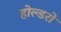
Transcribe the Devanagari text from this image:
होल्डरों